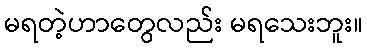
မရတဲ့ဟာတွေလည်း မရသေးဘူး။